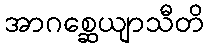
အာဂစ္ဆေယျာသီတိ